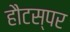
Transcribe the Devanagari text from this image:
हौटस्पर